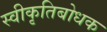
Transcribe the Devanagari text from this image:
स्वीकृतिबोधक